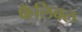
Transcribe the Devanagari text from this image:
फैलिबल